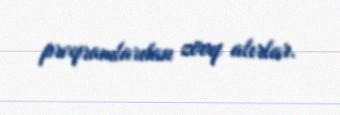
proqramlardan zövq alırlar.